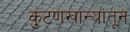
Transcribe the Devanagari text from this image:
कुंटणखान्यांतून